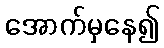
အောက်မှနေ၍